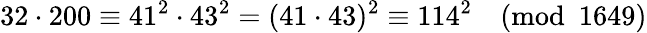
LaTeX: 32\cdot 200\equiv 41^{2}\cdot 43^{2}=(41\cdot 43)^{2}\equiv 114^{2}{\pmod{1649}}